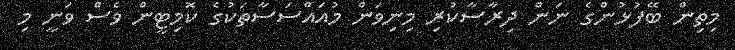
މިތިން ބޭފުޅުންގެ ނަން ދިރާސާކުރި މިނިވަން މުއައްސަސާތަކުގެ ކޮމިޓީން ވެސް ވަނީ މި